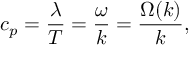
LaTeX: c _ { p } = { \frac { \lambda } { T } } = { \frac { \omega } { k } } = { \frac { \Omega ( k ) } { k } } ,